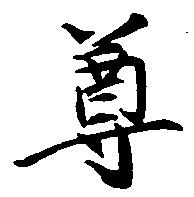
尊